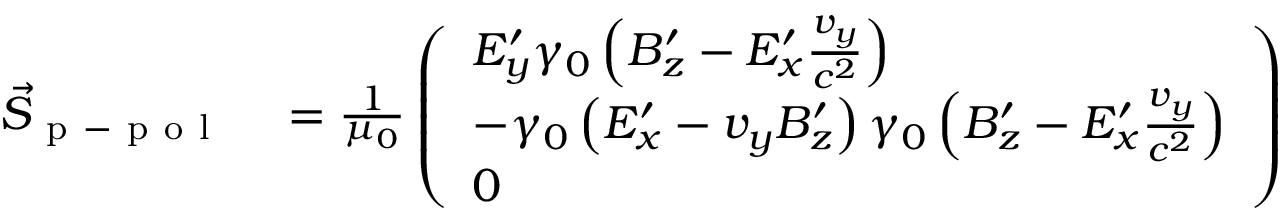
\begin{array} { r l } { \vec { S } _ { \mathrm { ~ p ~ - ~ p ~ o ~ l ~ } } } & { { } = \frac { 1 } { \mu _ { 0 } } \left( \begin{array} { l } { E _ { y } ^ { \prime } \gamma _ { 0 } \left( B _ { z } ^ { \prime } - E _ { x } ^ { \prime } \frac { v _ { y } } { c ^ { 2 } } \right) } \\ { - \gamma _ { 0 } \left( E _ { x } ^ { \prime } - v _ { y } B _ { z } ^ { \prime } \right) \gamma _ { 0 } \left( B _ { z } ^ { \prime } - E _ { x } ^ { \prime } \frac { v _ { y } } { c ^ { 2 } } \right) } \\ { 0 } \end{array} \right) } \end{array}